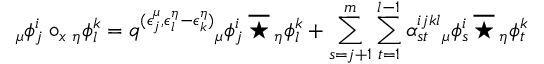
{ _ { \mu } \phi _ { j } ^ { i } } \circ _ { x } { _ { \eta } \phi _ { l } ^ { k } } = q ^ { ( \epsilon _ { j } ^ { \mu } , \epsilon _ { l } ^ { \eta } - \epsilon _ { k } ^ { \eta } ) } { _ { \mu } \phi _ { j } ^ { i } } \: \overline { { \star } } \: { _ { \eta } \phi _ { l } ^ { k } } + \sum _ { s = j + 1 } ^ { m } \sum _ { t = 1 } ^ { l - 1 } \alpha _ { s t } ^ { i j k l } { _ { \mu } \phi _ { s } ^ { i } } \: \overline { { \star } } \: { _ { \eta } \phi _ { t } ^ { k } }